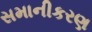
સમાનીકરણ